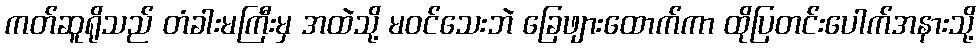
ကတ်ဆူရိုသည် တံခါးမကြီးမှ အထဲသို့ မဝင်သေးဘဲ ခြေဖျားထောက်ကာ ထိုပြတင်းပေါက်အနားသို့